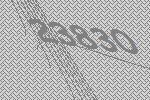
23830